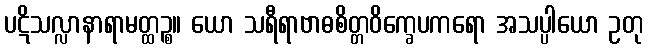
ပဋိသလ္လာနာရာမတ္ထဉ္စ။ ယော သရီရာဗာဓစိတ္တဝိက္ခေပကရော အသပ္ပါယော ဥတု